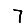
Digit: 7